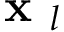
\textbf { x } _ { l }